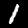
Digit: 1